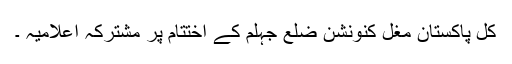
کل پاکستان مغل کنونشن ضلع جہلم کے اختتام پر مشترکہ اعلامیہ ۔